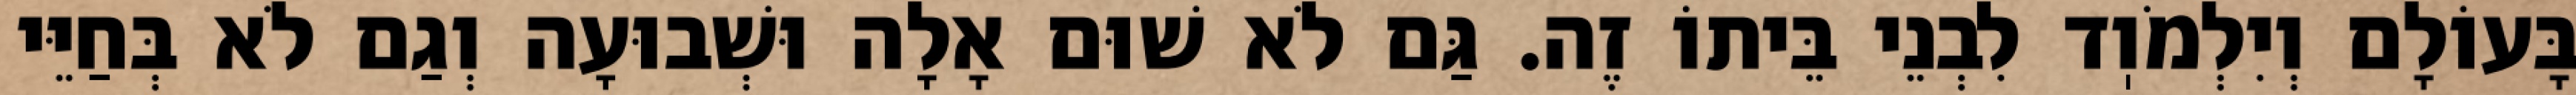
בָּעוֹלָם וְיִלְמֹוֽד לִבְנֵי בֵּיתוֹ זֶה. גַּם לֹא שׁוּם אָלָה וּשְׁבוּעָה וְגַם לֹא בְּחַיֵּי